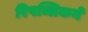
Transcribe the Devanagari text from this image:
रिपब्लिकने